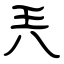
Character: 兲